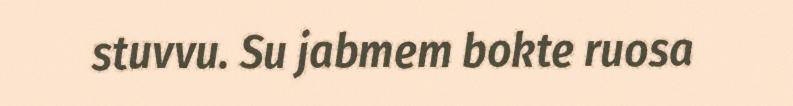
stuvvu. Su jabmem bokte ruosa